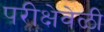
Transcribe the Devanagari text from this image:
परीक्षेवेळी